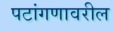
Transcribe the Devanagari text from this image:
पटांगणावरील